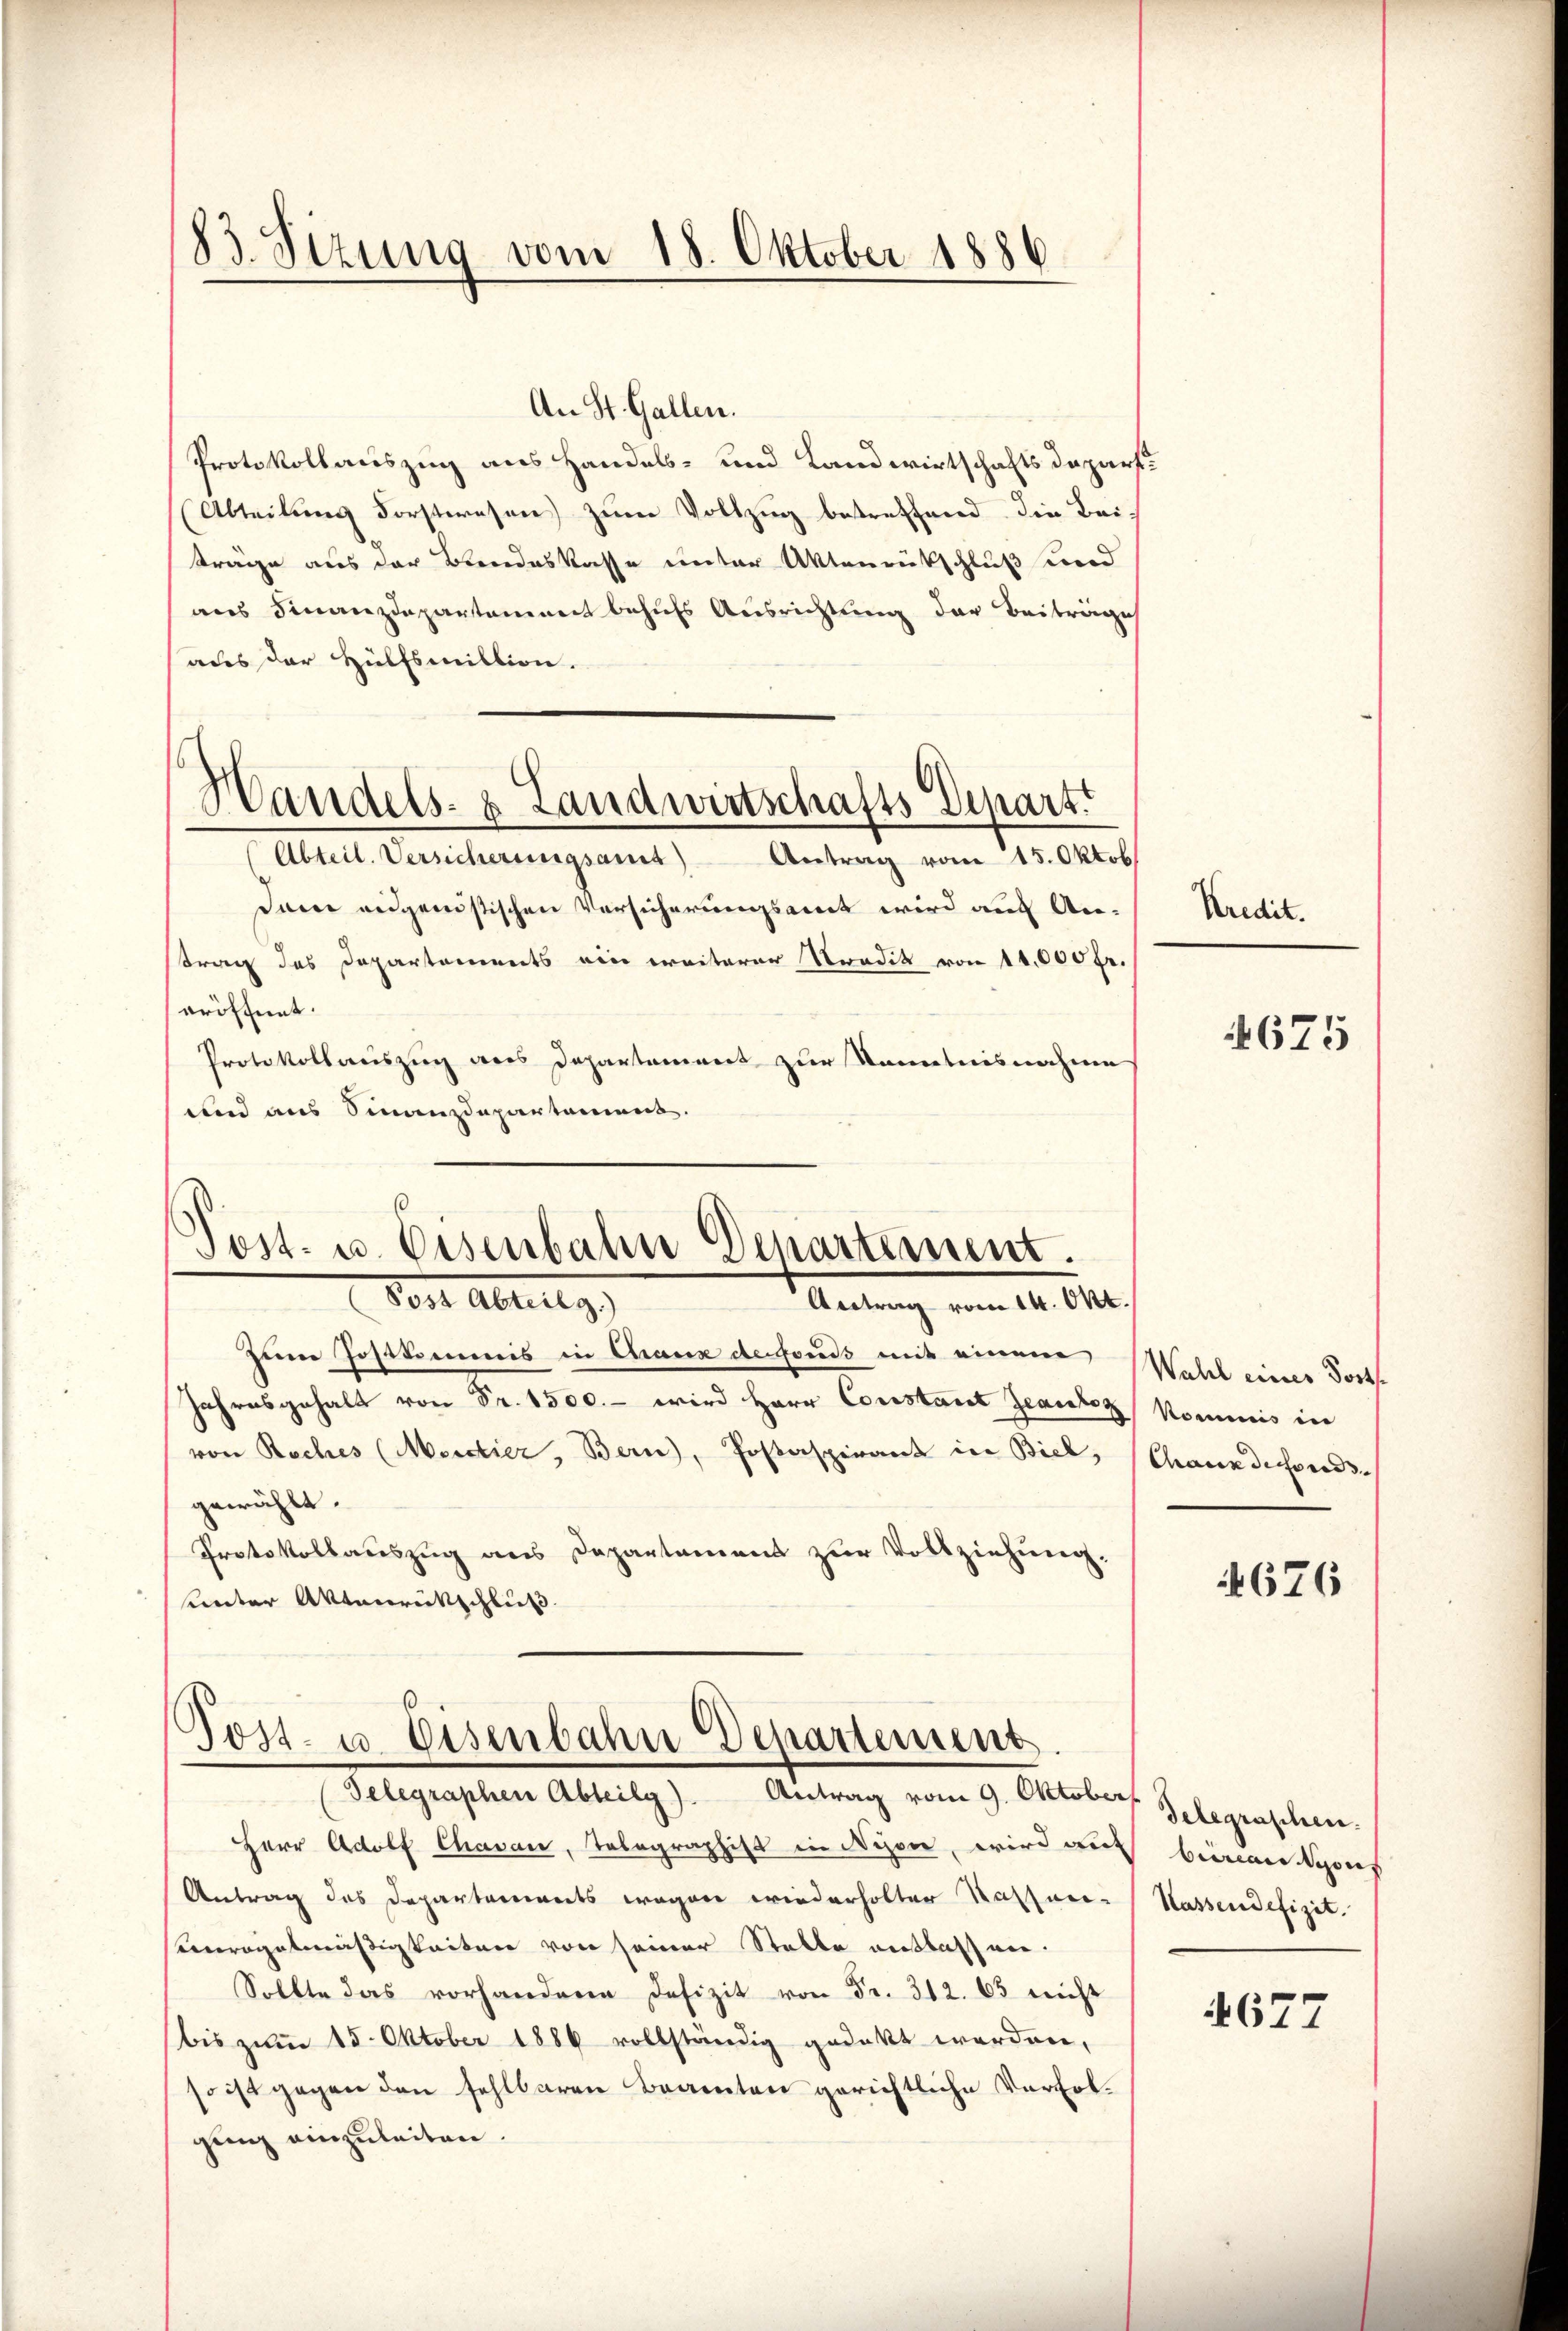
83. Sizung vom 18. Oktober 1886

An St. Gallen.
Protokollauszug aus Handels- und Landwirtschaftsdepart
Abteilung Forstwesen) zum Vollzug betreffend die Beiträge aus der Brendeskasse unter Aktenrütschluß und
aus Finanzdepartement behufs Ausrichtung der Beiträge
ades der Hülfsmiltion.
Handels- & Landwirtschafts Depart.
Abteil. Versicherungsamt Antrag vom 15. Oktob
Dann eidgenößischen Versicherungsamt wird auch Antrag des Departements ein weiterer Stradik von 11,000 fr.
eröffnet.
Protokollauszug aus Departement zur Kenntnisnahme
und aus Finanzdepartement.

Post- u. Eisenbahn Departement.
Post Abrutg
Antrag vom 14. Okt.

Tost- u. Eisenbahn Departement
Antrag vom 9. Oktober
Telegraphen Abteilg).

zum Postkommis in Chane defonds mit einem Wahl einer Fortse
Patrosgehalt von Fr. 1500.- wird Herr Constant Jean Kommis in
.
von Roches (Merdiez, Bern), Postaspirant in Biel, (Chaux dessores-
gewählt.
Protokollauszug aus Departement zur Vollziehung.
Kenter Aktenrückschluß.

Herr Adolf Chavan, Telegraphist in Nyon, wird auch beinanyons
Antrag des Departements wegen wiederholter Kassen-
orogatmäßigkeiten von seiner Stelle entlassen.
Sollte das vorhandere Defizit von Fr. 312. 65 nicht
bis zum 15. Oktober 1886 vollständig gedeckt werden,
so ist gegen den fehlbaren Beamten gerichtliche Verfolgung einzuleiten.

Kredit.

4675

4676

delegraschen.
Kassendefizit.

4677